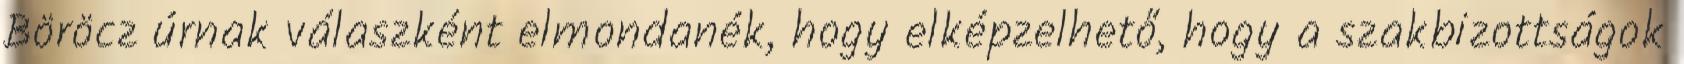
Böröcz úrnak válaszként elmondanék, hogy elképzelhető, hogy a szakbizottságok